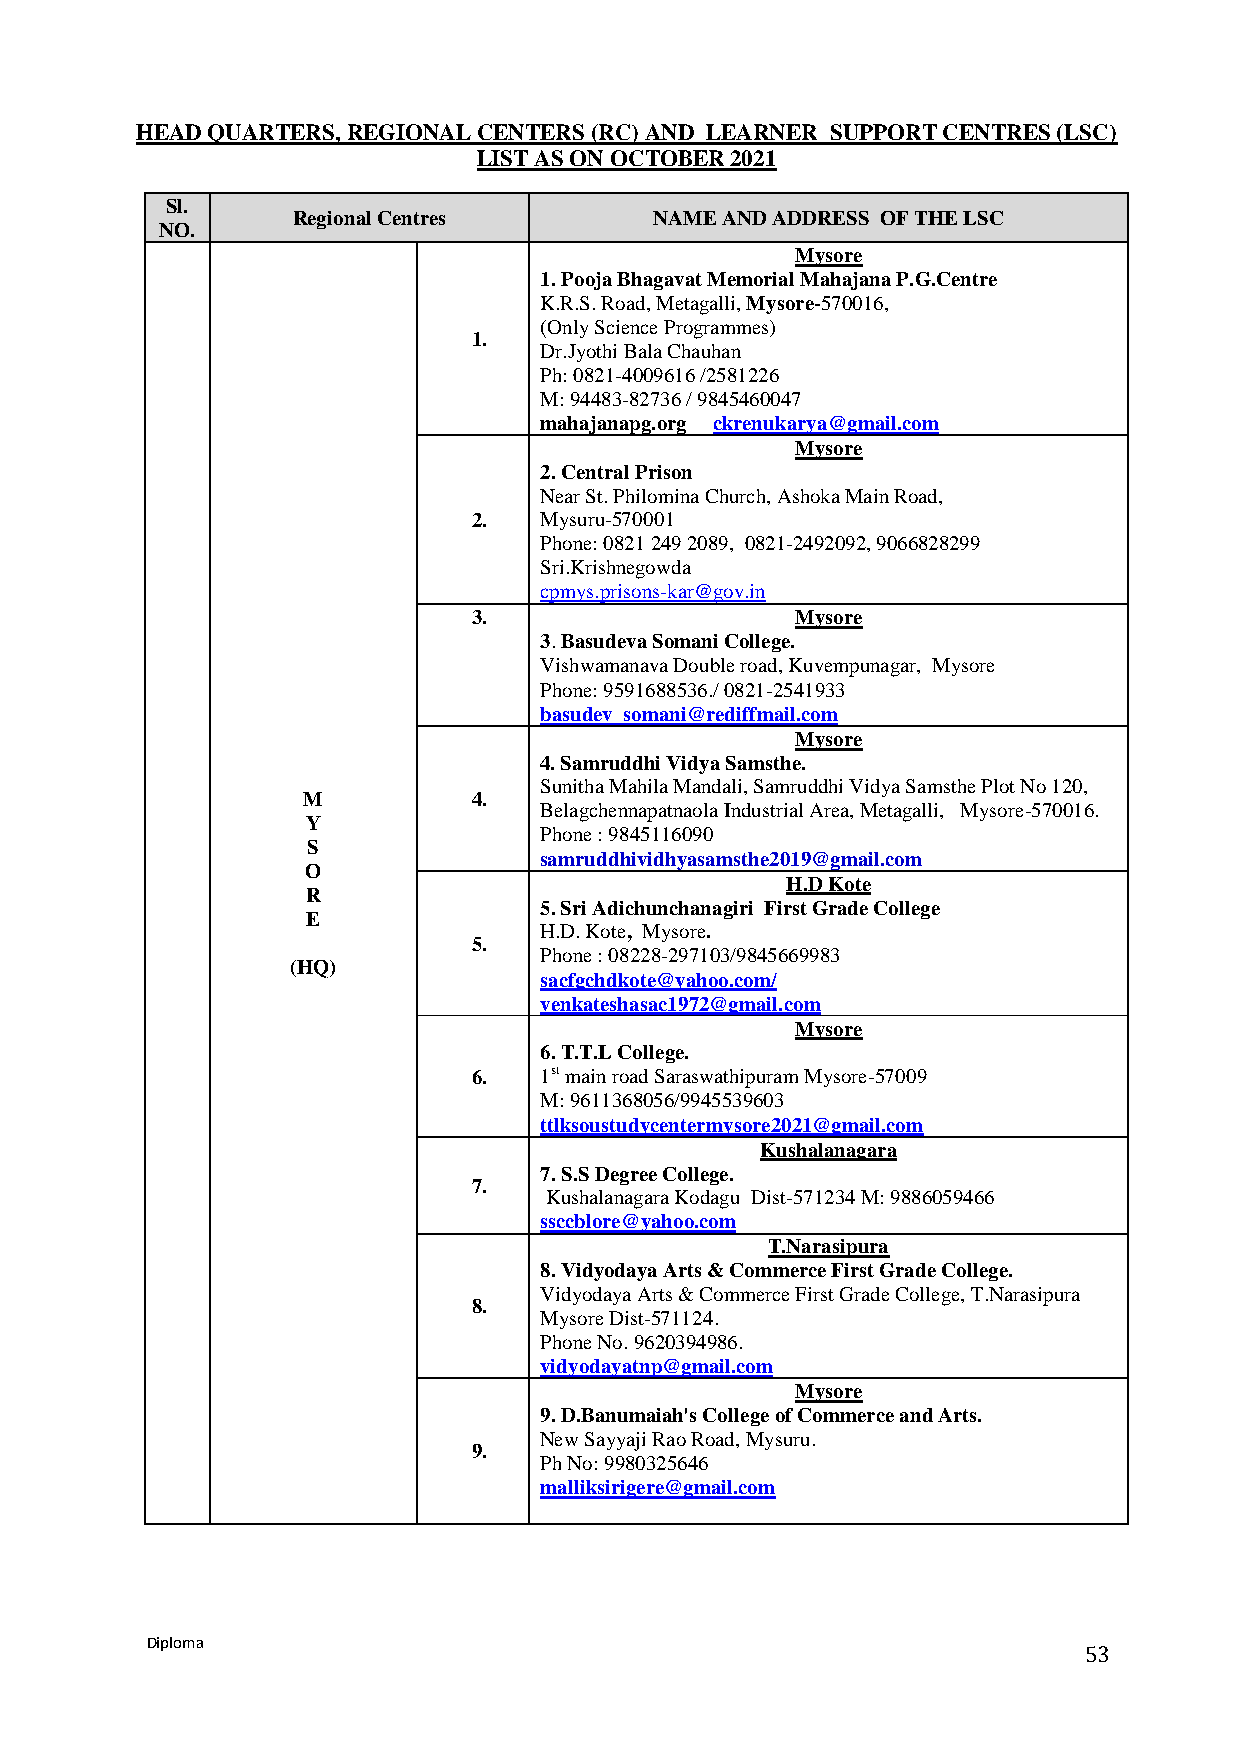
HEAD QUARTERS, REGIONAL CENTERS (RC) AND LEARNER SUPPORT CENTRES (LSC)
 LIST AS ON OCTOBER 2021
 Sl.
 Regional Centres        NAME AND ADDRESS OF THE LSC
 NO.
 Mysore
 1. Pooja Bhagavat Memorial Mahajana P.G.Centre
 K.R.S. Road, Metagalli, Mysore-570016,
 (Only Science Programmes)
 1.
 Dr.Jyothi Bala Chauhan
 Ph: 0821-4009616 /2581226
 M: 94483-82736 / 9845460047
 mahajanapg.org ckrenukarya@gmail.com
 Mysore
 2. Central Prison
 Near St. Philomina Church, Ashoka Main Road,
 2.   Mysuru-570001
 Phone: 0821 249 2089, 0821-2492092, 9066828299
 Sri.Krishnegowda
 cpmys.prisons-kar@gov.in
 3.                    Mysore
 3. Basudeva Somani College.
 Vishwamanava Double road, Kuvempunagar, Mysore
 Phone: 9591688536./ 0821-2541933
 basudev_somani@rediffmail.com
 Mysore
 4. Samruddhi Vidya Samsthe.
 Sunitha Mahila Mandali, Samruddhi Vidya Samsthe Plot No 120,
 M          4.
 Belagchennapatnaola Industrial Area, Metagalli, Mysore-570016.
 Y
 Phone : 9845116090
 S
 samruddhividhyasamsthe2019@gmail.com
 O
 H.D Kote
 R
 5. Sri Adichunchanagiri First Grade College
 E
 H.D. Kote, Mysore.
 5.
 Phone : 08228-297103/9845669983
 (HQ)
 sacfgchdkote@yahoo.com/
 venkateshasac1972@gmail.com
 Mysore
 6. T.T.L College.
 6.   1st main road Saraswathipuram Mysore-57009
 M: 9611368056/9945539603
 ttlksoustudycentermysore2021@gmail.com
 Kushalanagara
 7. S.S Degree College.
 7.
 Kushalanagara Kodagu Dist-571234 M: 9886059466
 ssccblore@yahoo.com
 T.Narasipura
 8. Vidyodaya Arts & Commerce First Grade College.
 Vidyodaya Arts & Commerce First Grade College, T.Narasipura
 8.
 Mysore Dist-571124.
 Phone No. 9620394986.
 vidyodayatnp@gmail.com
 Mysore
 9. D.Banumaiah's College of Commerce and Arts.
 New Sayyaji Rao Road, Mysuru.
 9.
 Ph No: 9980325646
 malliksirigere@gmail.com
 Diploma
 53